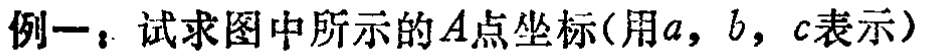
例一：试求图中所示的\(A\)点坐标(用\(a\)，\(b\)，\(c\)表示)